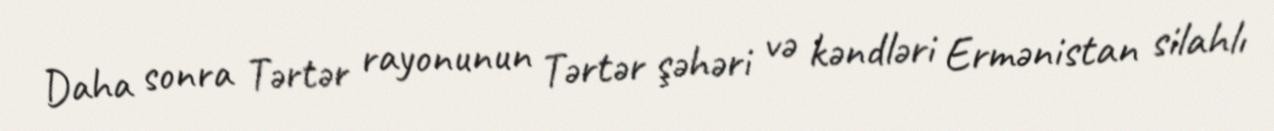
Daha sonra Tərtər rayonunun Tərtər şəhəri və kəndləri Ermənistan silahlı